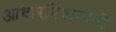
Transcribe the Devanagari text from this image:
आधारविधानांनी